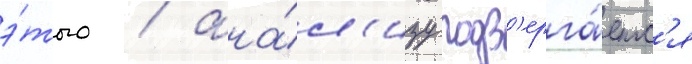
э́того / ана́л'изу подв'ерга́етс'я